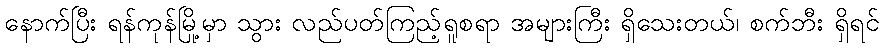
နောက်ပြီး ရန်ကုန်မြို့မှာ သွား လည်ပတ်ကြည့်ရူစရာ အများကြီး ရှိသေးတယ်၊ စက်ဘီး ရှိရင်